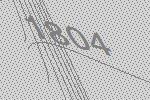
1804